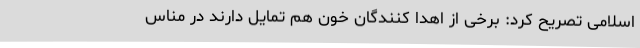
اسلامی تصریح کرد: برخی از اهدا کنندگان خون هم تمایل دارند در مناس